Virumaa_algkoolid, lk 61
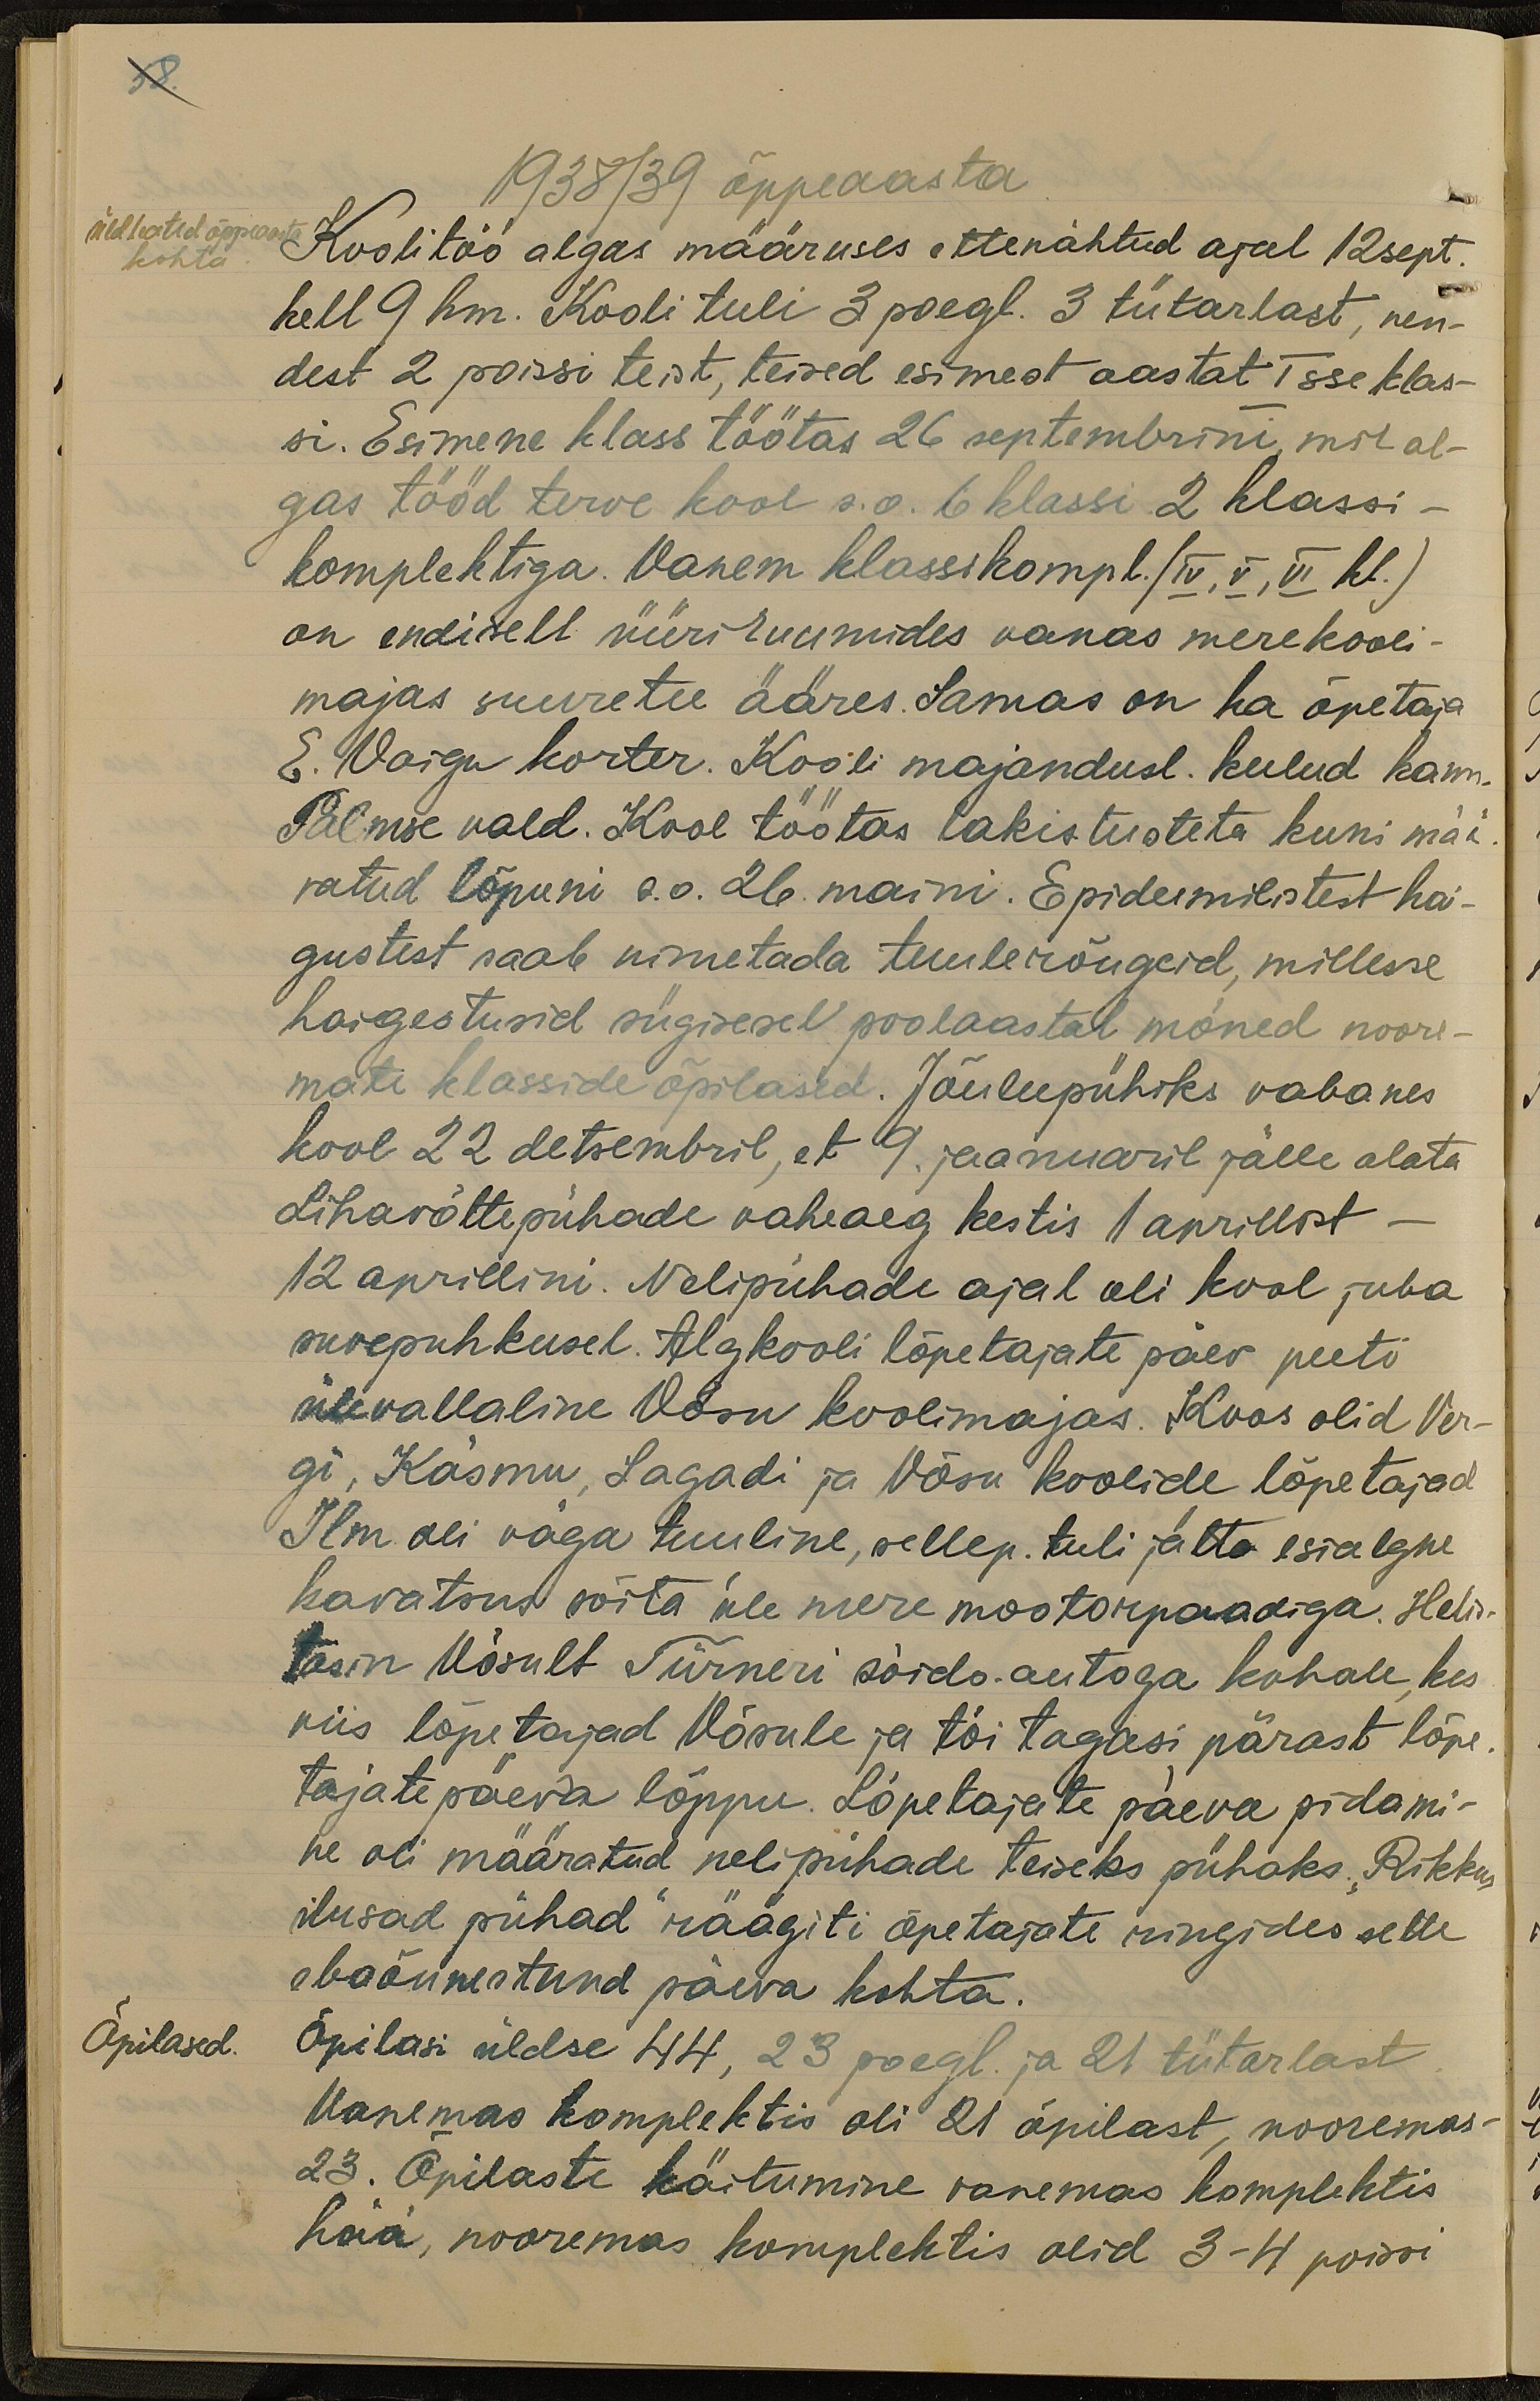
1938/39 õppeaasta
Üldteated õppeaasta
kohta
Koolitöö algas määruses ettenähtud ajal 12 sept.
kell 9 hm. Kooli tuli 3 poegl. 3 tütarlast, nen-
dest 2 poissi teist, teised esimest aastat Isse klas-
si. Esimene klass töötas 26 septembrini, mil al-
gas tööd terve kool s.o. 6 klassi 2 klassi-
komplektiga. Vanem klassikompl. (IV, V, VI kl.)
on endiselt üüri ruumides vanas merekooli-
majas suuretee ääres. Samas on ka õpetaja
E. Vaigu korter. Kooli majandusl. kulud kann.
Palmse vald. Kool töötas takistusteta kuni mää-
ratud lõpuni s.o. 26. maini. Epideemilistest hai-
gustest saab nimetada tuulerõugeid, millesse
haigestusid sügisesel poolaastal mõned noore-
mate klasside õpilased. Jõulupühiks vabanes
kool 22 detsembril, et 9. jaanuaril jälle alata
Lihavõttepühade vaheaeg kestis 1 aprillist.
12 aprillini. Nelipühade ajal oli kool juba
suvepuhkusel. Algkooli lõpetajate päev peeti
ülevallaline Võsu koolimajas. Koos olid Ver-
gi, Käsmu, Sagadi ja Võsu koolide lõpetajad.
Ilm oli väga tuuline, sellep. tuli jätta esialgne
kavatsus sõita üle mere mootorpaadiga. Helis-
tasin Võsult Türneri sõido-autoga kohale, kes
viis lõpetajad Võsule ja tõi tagasi pärast lõpe-
tajatepäeva lõppu. Lõpetajate päeva pidami-
ne oli määratud nelipühade teiseks pühaks. "Rikkus
ilusad pühad räägiti õpetajate ringides selle
ebaõnnestund päeva kohta.
Õpilased.
Õpilasi üldse 44, 23 poegl. ja 21 tütarlast
Vanemas komplektis oli 21 õpilast, nooremas-
23. Õpilaste käitumine vanemas komplektis
hää, nooremas komplektis olid 3-4 poissi

58.